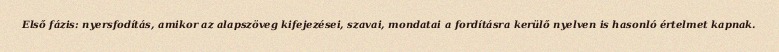
Első fázis: nyersfodítás, amikor az alapszöveg kifejezései, szavai, mondatai a fordításra kerülő nyelven is hasonló értelmet kapnak.